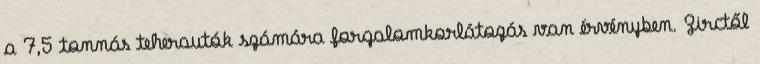
a 7,5 tonnás teherautók számára forgalomkorlátozás van érvényben. Zirctől